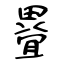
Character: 疂